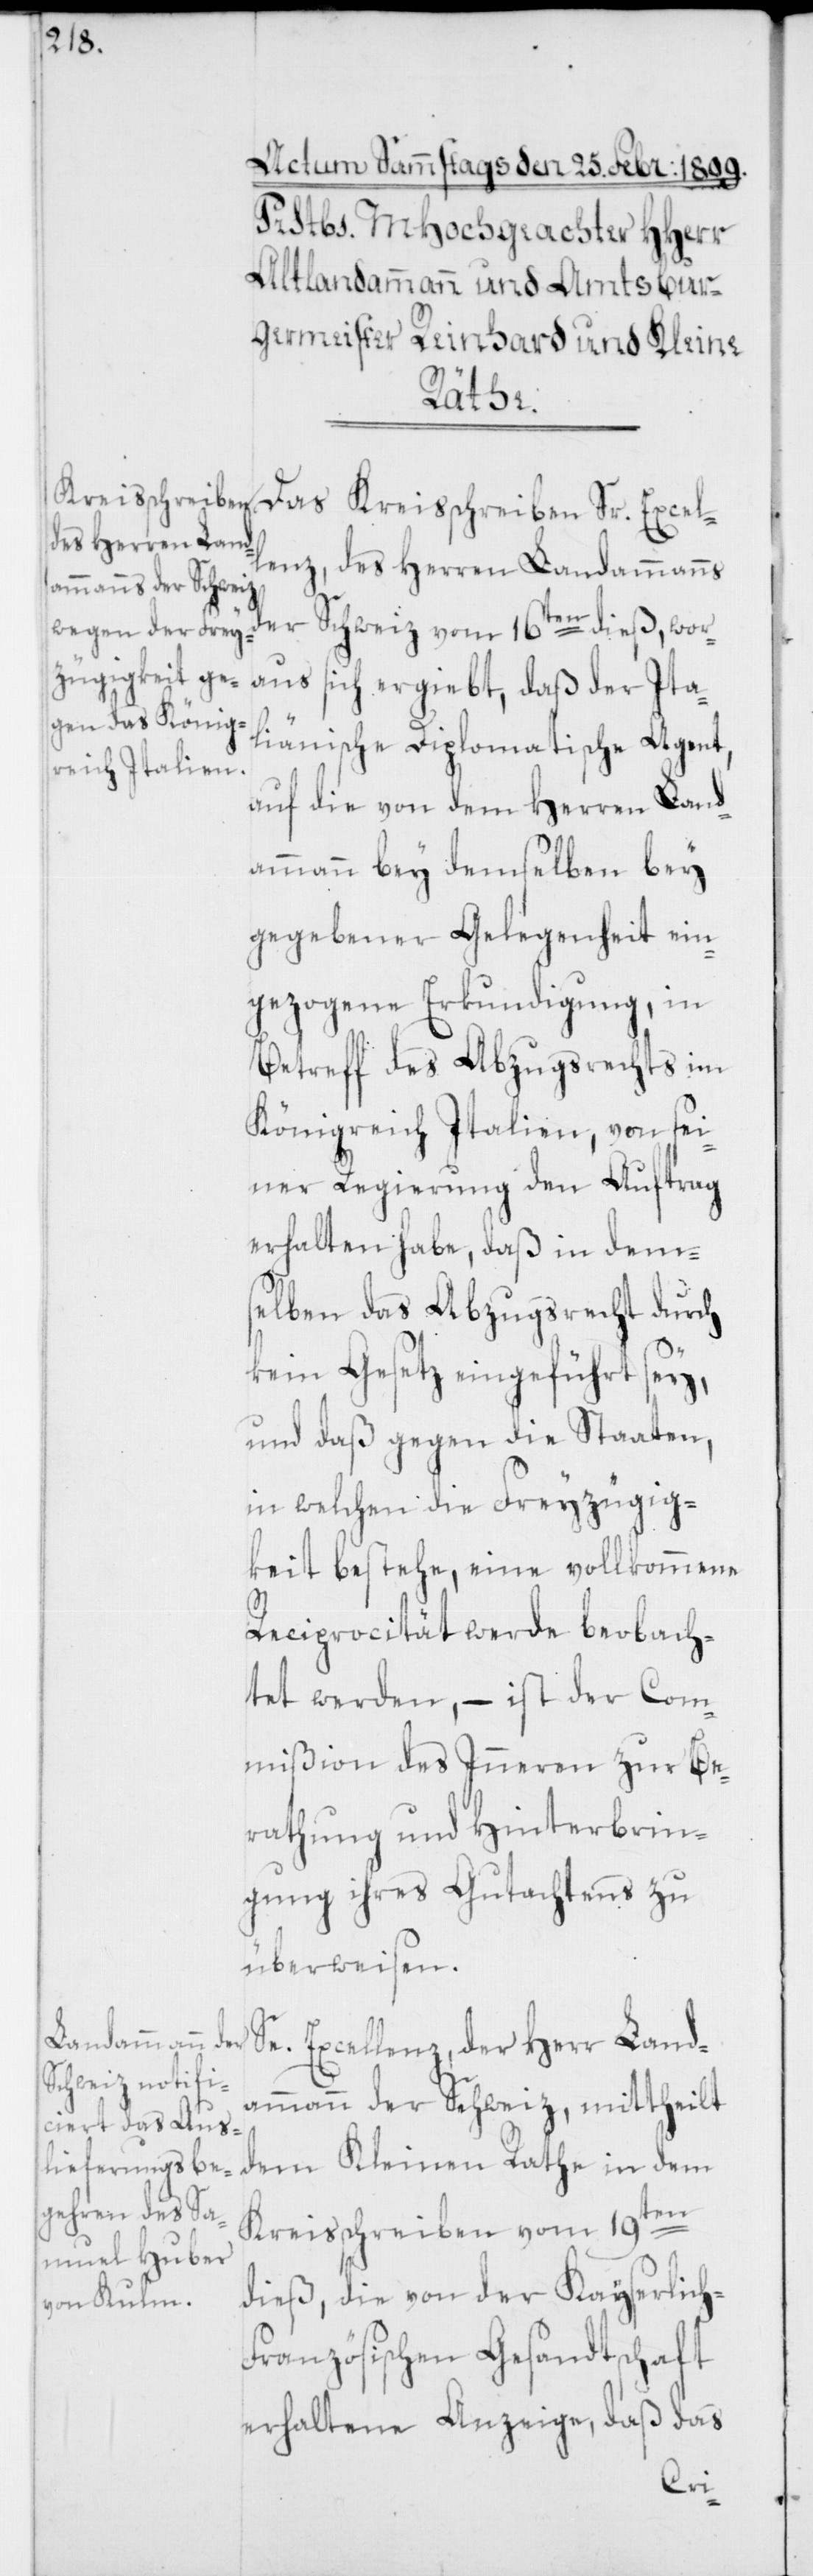
Das Kreisschreiben Sr. Excel¬
lenz, des Herren Landammanns
der Schweiz vom 16ten dieß, wor¬
aus sich ergiebt, daß der Ita¬
liänische Diplomatische Agent,
auf die von dem Herren Land¬
ammann bey demselben bey
gegebener Gelegenheit ein¬
gezogene Erkundigung, in
Betreff des Abzugsrechts im
Königreich Italien, von sei¬
ner Regierung den Auftrag
erhalten habe, daß in dem¬
selben das Abzugsrecht durch
kein Gesetz eingeführt sey,
und daß gegen die Staaten,
in welchen die Freyzügig¬
keit bestehe, eine vollkommene
Reciprocität werde beobach¬
tet werden, – ist der Com¬
mißion des Inneren zur Be¬
rathung und Hinterbrin¬
gung ihres Gutachtens zu
überweisen.
Se. Excellenz, der Herr Land¬
ammann der Schweiz, mittheilt
dem Kleinen Rathe in dem
Kreisschreiben vom 19ten
dieß, die von der Kayserlich-F¬
ranzösischen Gesandtschaft
erhaltene Anzeige, daß das